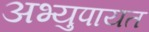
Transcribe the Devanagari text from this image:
अभ्युपायत